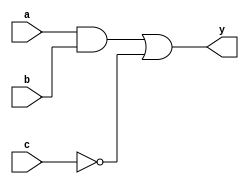
module combinational_logic (
    input wire a,        // Input signal a
    input wire b,        // Input signal b
    input wire c,        // Input signal c
    output reg y         // Output signal y
);

// Always block to model combinational logic
always @(*) begin
    // Continuous assignment of the output based on the inputs
    // Example logic: y = (a AND b) OR (NOT c)
    y = (a & b) | (~c);
end

endmodule